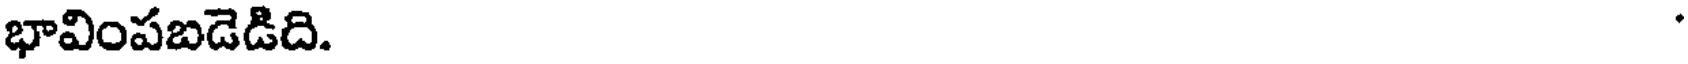
భావింపబడెడిది.